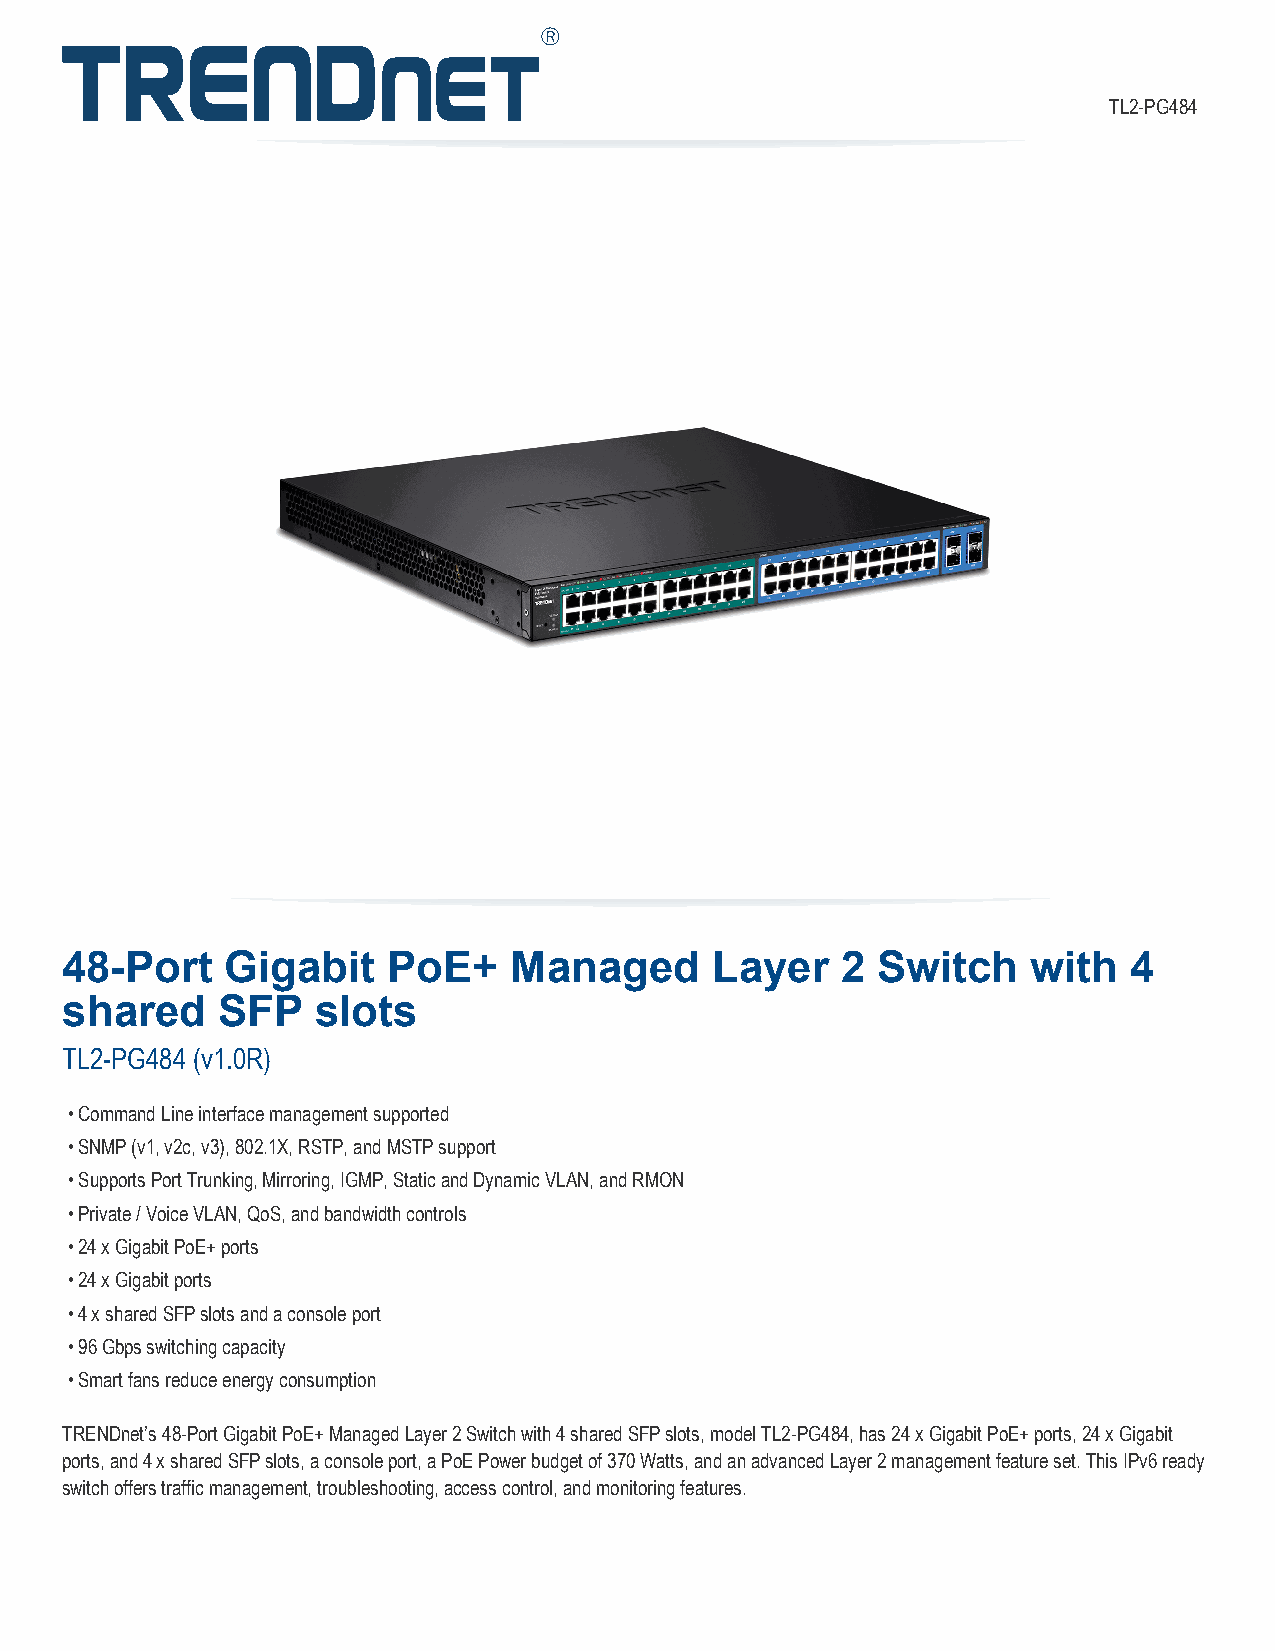
TL2-PG484
 48-Port    Gigabit    PoE+    Managed      Layer    2 Switch    with   4
 shared    SFP    slots
 TL2-PG484 (v1.0R)
 •Command Line interface management supported
 •SNMP (v1, v2c, v3), 802.1X, RSTP, and MSTP support
 •Supports Port Trunking, Mirroring, IGMP, Static and Dynamic VLAN, and RMON
 •Private / Voice VLAN, QoS, and bandwidth controls
 •24 x Gigabit PoE+ ports
 •24 x Gigabit ports
 •4 x shared SFP slots and a console port
 •96 Gbps switching capacity
 •Smart fans reduce energy consumption
 TRENDnet’s 48-Port Gigabit PoE+ Managed Layer 2 Switch with 4 shared SFP slots, model TL2-PG484, has 24 x Gigabit PoE+ ports, 24 x Gigabit
 ports, and 4 x shared SFP slots, a console port, a PoE Power budget of 370 Watts, and an advanced Layer 2 management feature set. This IPv6 ready
 switch offers traffic management, troubleshooting, access control, and monitoring features.